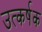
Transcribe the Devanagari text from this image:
उत्कर्षक